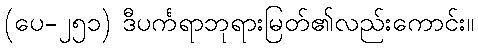
(ပေ-၂၅၁) ဒီပင်္ကရာဘုရားမြတ်၏လည်းကောင်း။